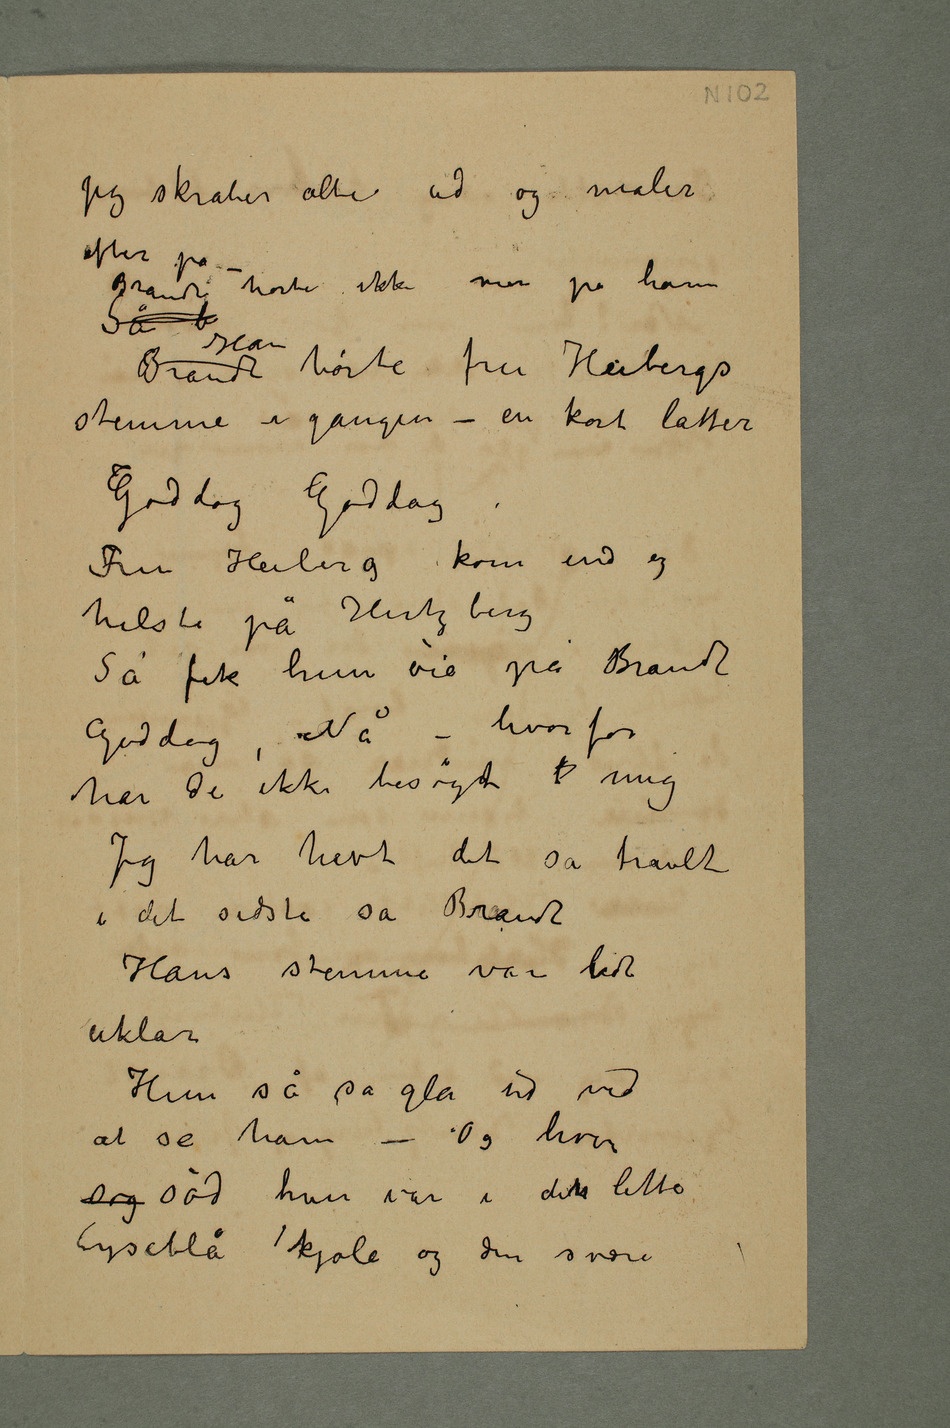
Jeg skraber alti ud og maler
efter på –
Brandt hørte ikke mer på ham
Så b
stemme i gangen – en kort latter
Goddag Goddag
Fru Heiberg kom ind og
hilste på Hertzberg
Så fik hun øie på Brandt
Goddag, Nå – hvorfor
har de ikke besøgt  mig
Jeg har havt det så travlt
i det sidste sa Brandt
Hans stemme var lidt
uklar
Hun så så gla ud ved
at se ham – Og hvor
søg sød hun var i detn lette
lyseblå kjole og den svære